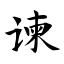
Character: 谏